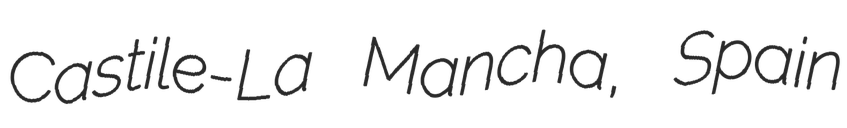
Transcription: Castile-La Mancha, Spain